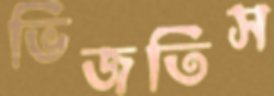
ভিজতিস